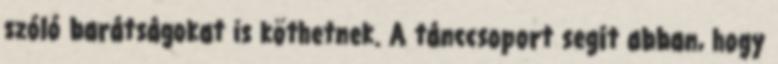
szóló barátságokat is köthetnek. A tánccsoport segít abban, hogy